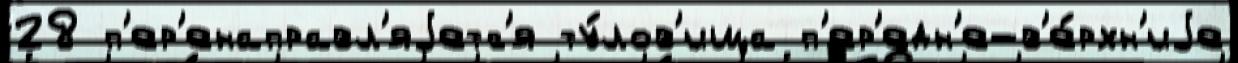
28 п'ер'енаправл'яjетс'я ту́лов'ища п'ер'едн'е-в'е́рхн'иjе